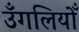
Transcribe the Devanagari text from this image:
उँगलियोँ